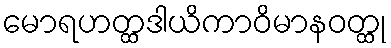
မောရဟတ္ထဒါယိကာဝိမာနဝတ္ထု